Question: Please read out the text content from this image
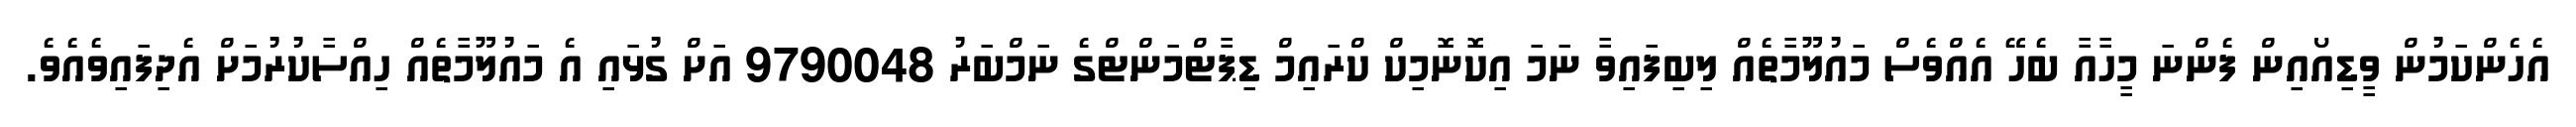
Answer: އެހެންކަމުން ވީޑިއޯއިން ފެންނަ މީހާއާ ބެހޭ އެއްވެސް މައުލޫމާތެއް ލިބިފައިވާ ނަމަ އިކޮނޮމިކް ކްރައިމް ޑިޕާޓްމަންޓްގެ ނަމްބަރު 9790048 އަށް ގުޅައި އެ މައުލޫމާތެއް ހިއްސާކުރުމަށް އެދިފައިވެއެވެ.